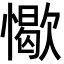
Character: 𢢚